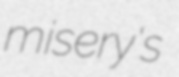
misery's